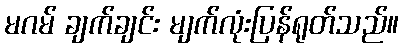
မဂမ် ချက်ချင်း မျက်လုံးပြန်ရုတ်သည်။